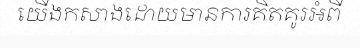
យើងកសាងដោយមានការគិតគូរអំពី